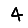
Digit: 4